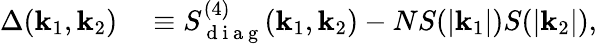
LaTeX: \begin{array}{rl}{\Delta(\mathbf{k}_{1},\mathbf{k}_{2})}&{{}\equiv S_{\mathrm{~d~i~a~g~}}^{(4)}(\mathbf{k}_{1},\mathbf{k}_{2})-NS(|\mathbf{k}_{1}|)S(|\mathbf{k}_{2}|),}\end{array}